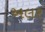
અલર